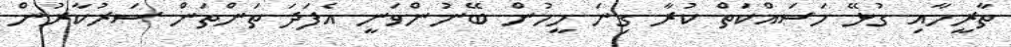
ތާރީހާއި ގުޅޭ މަސައްކަތް ކުރާ ގިނަ މީހުން ބޭނުންވަނީ އެފަދަ ތަންތަން ސަރުކާރުން